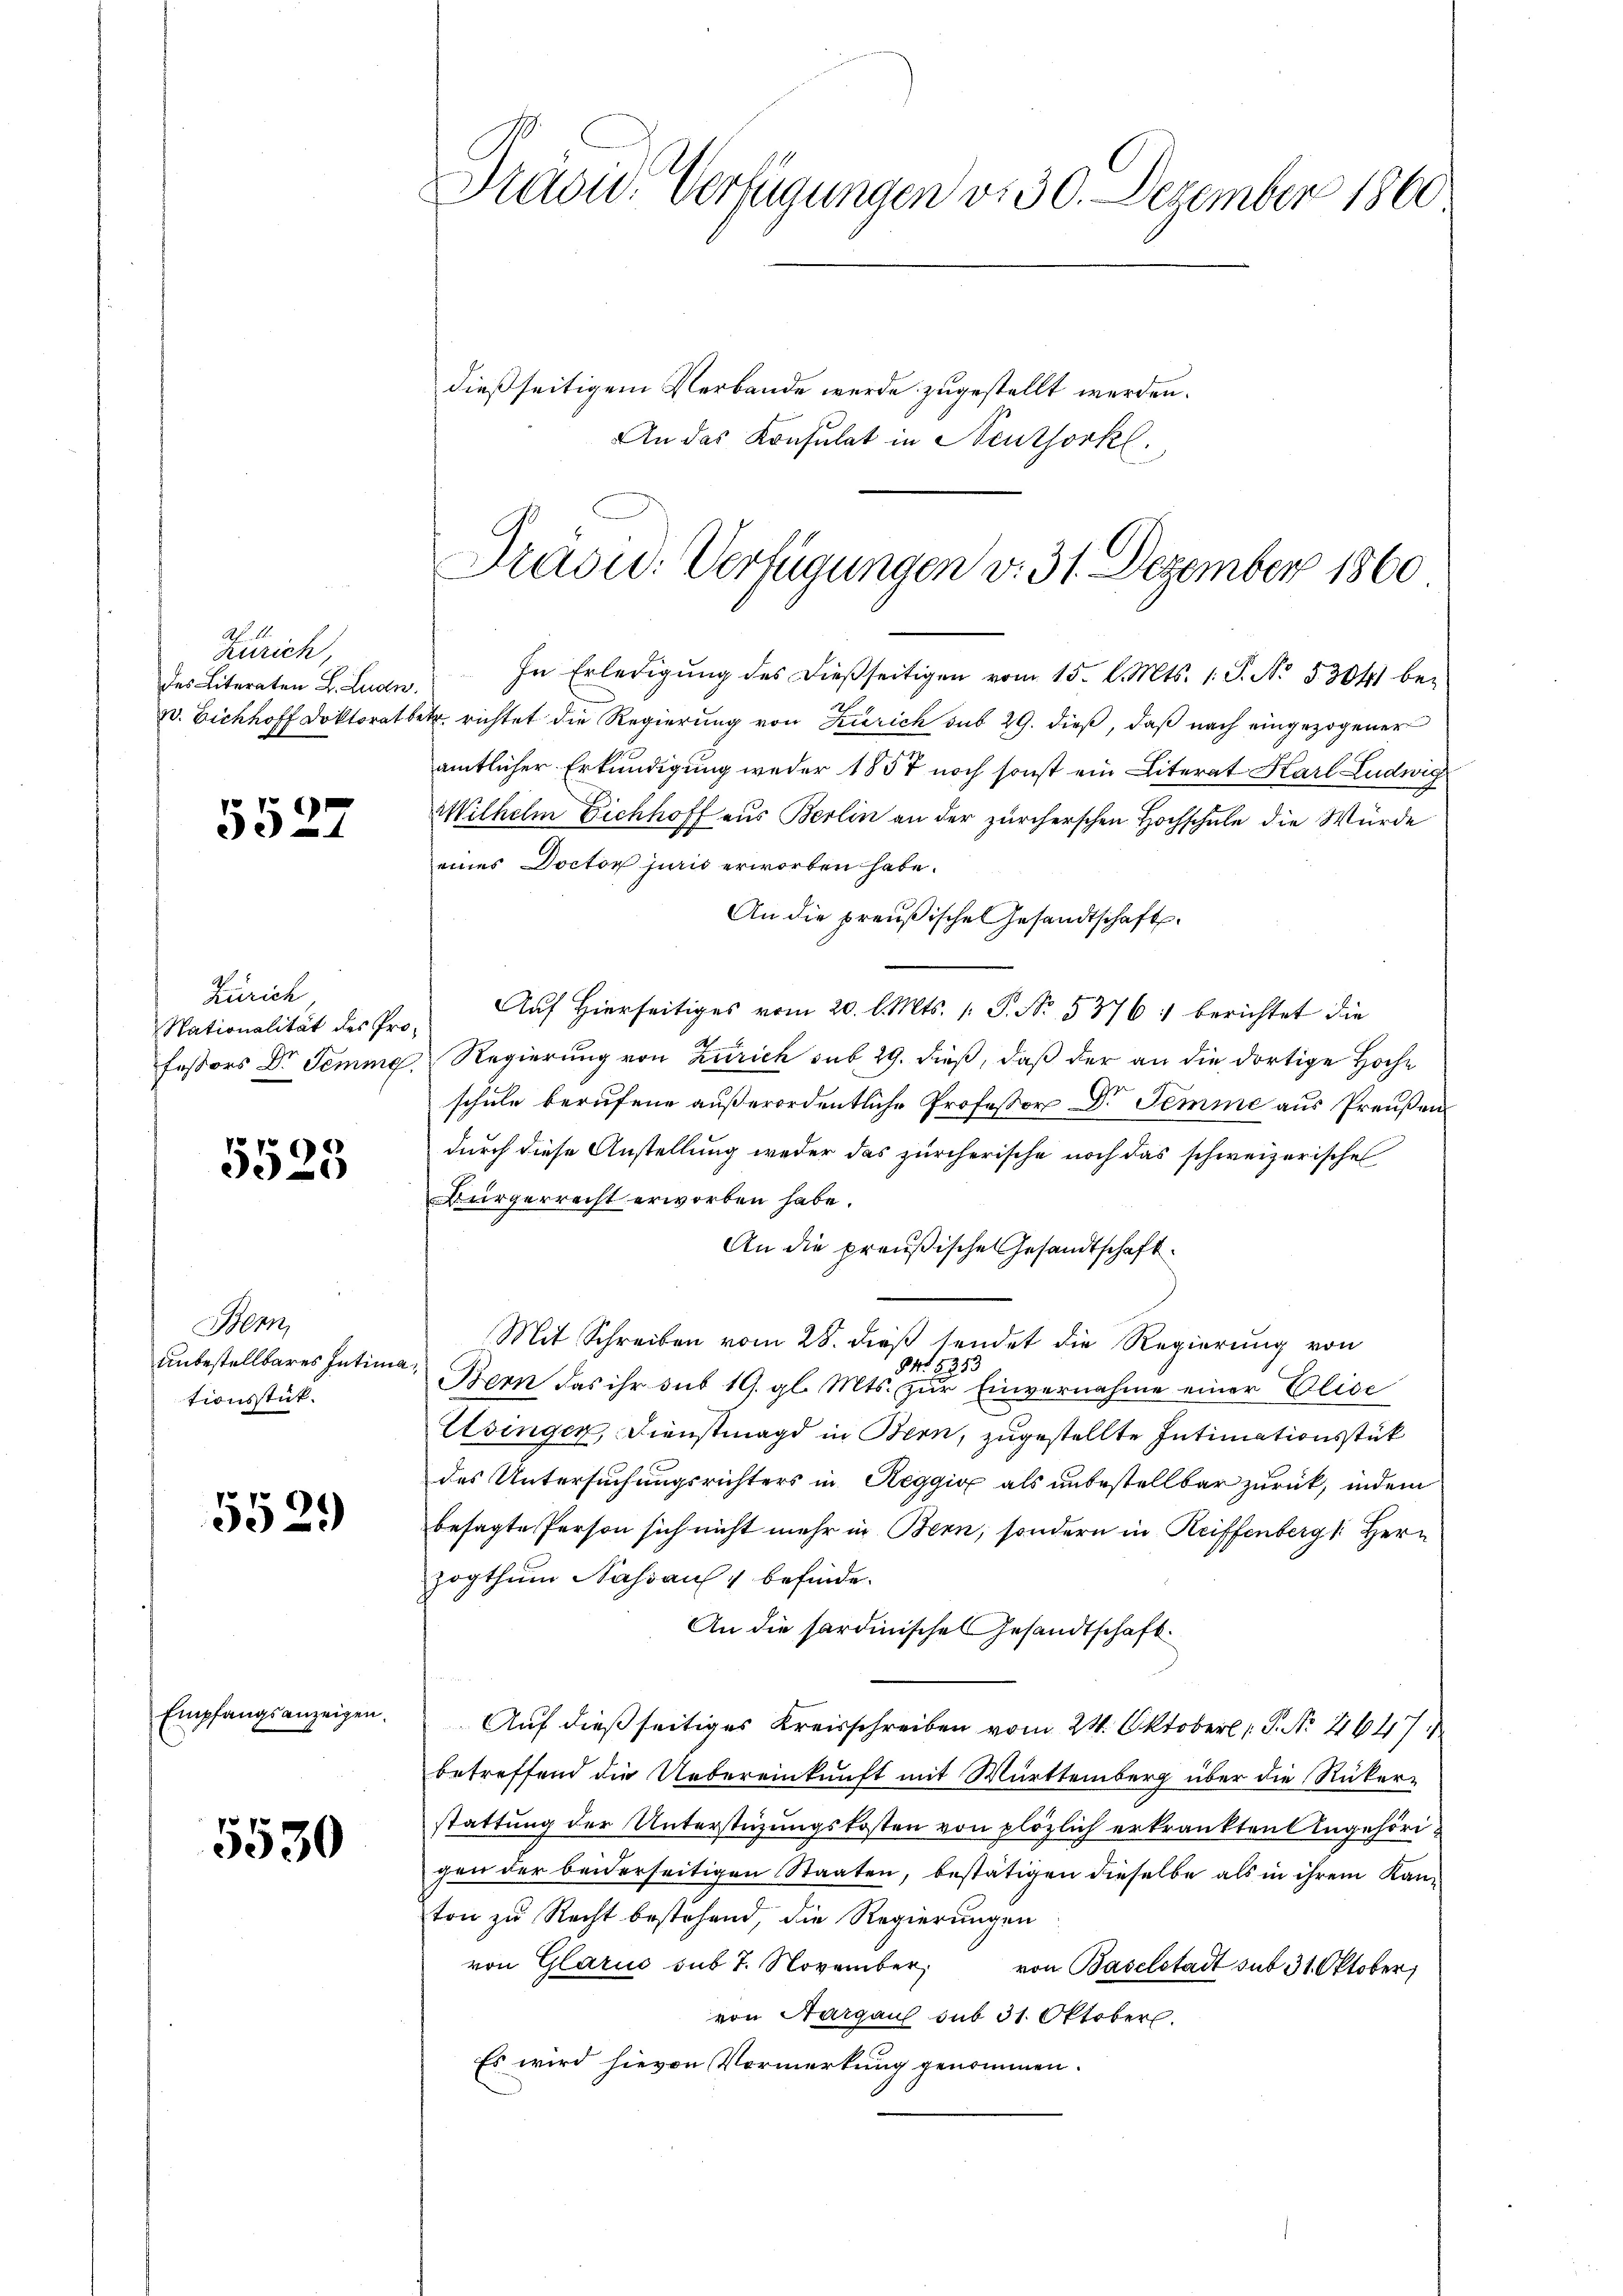
A. 11.
Zürich,

5527

Zürich
Nationalität des Pro¬

5523

Bern
unbestellbares Intima
tionsstück.

5529

Empfangsanzeigen.

5530

Präsid. Verfügungen v. 30. Dezember 1860

Präsid. Verfügungen v. 31. Dezember 1860

des Literaten L. Luan. In Erledigŭng des dießseitigen vom 15. d. Mts. 1. S. No. 53041 be-
V. Eichhoff Doktoratet richtet die Regierung von Zürich sub 29. dieß, daß nach eingezogener
amtlicher Erkundigung weder 1857 noch sonst ein Literat Karl Ludwig
Wilhelm Eichhoff aus Berlin an der zürcherschen Hochschule die Würde
eines Doctor juris erworben habe.
An die preußische Gesandtschaft
Auf Hierseitiges vom 20. l. Mts. 1. P. No. 5376 :/ berichtet die
fessors Dr. Seming, Regierung von Zürich sub 29. dieß, daß der an die dortige Hoche
schule berufene außerordentliche Professor Dr Temme aus Preußen
durch diese Anstellung weder das zürcherische noch das schweizerisches
ürgerrecht erworben habe.
An die preußische Gesandtschaft
Mit Schreiben vom 28. dieß sendet die Regierung von
35.
8
Bern das ihr sub 19. gl. Mts. zur Einvernahme einer Elise
Esinger, Dienstmagd in Bern, zugestellte Intimationsstük
des Untersuchungsrichters in Reggis als unbestellbar zurück, indem
besagte Person sich nicht mehr in Bern, sondern in Reiffenbergl. Hern
zogthum Nassau & befinde.
An die sardinische Gesandtschaft.
Auf dießseitiges Kreisschreiben vom 24. Oktober , P. No. 2647
betreffend die Uebereinkunft mit Württemberg über die Rükerstattung der Unterstüzungskosten von plözlich erkrankten Angehörigen der beiderseitigen Staaten, bestätigen dieselbe als in ihrem Kan-
ton zu Recht bestehend, die Regierungen
von Glarus sub 7. November von Baselstadt sub 31. Oktober
von Aargau sub 31. Oktober.
Es wird hievon Vormerkung genommen.

dießseitigem Verbande werde zugestellt werden.
An das Konsulat in Neuthorkl.